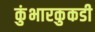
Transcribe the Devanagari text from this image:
कुंभारकुकडी